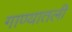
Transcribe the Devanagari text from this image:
गाण्यातली